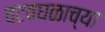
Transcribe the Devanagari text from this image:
वटवघळाच्या